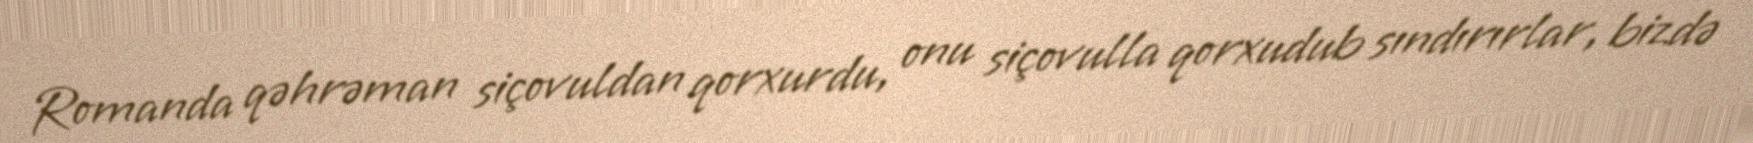
Romanda qəhrəman siçovuldan qorxurdu, onu siçovulla qorxudub sındırırlar, bizdə